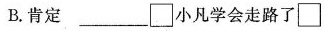
B.肯定 ___ \Box 小凡学会走路了 \Box